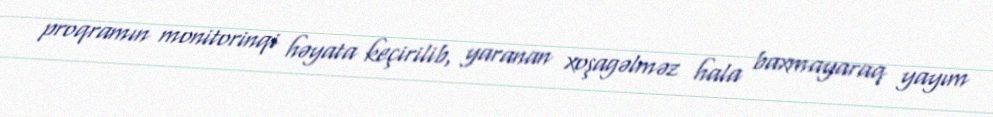
proqramın monitorinqi həyata keçirilib, yaranan xoşagəlməz hala baxmayaraq yayım